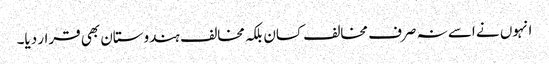
انہوں نے اسے نہ صرف مخالف کسان بلکہ مخالف ہندوستان بھی قرار دیا۔